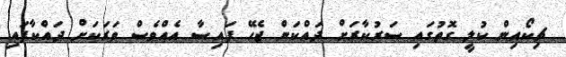
ޗިކޯއިން ކުލީ ގޮތުގައި ސަރުކާރަށް ދައްކަން ޖެހޭ ފައިސާ އެއްވެސް ވަރަކަށް ދައްކާފައި